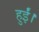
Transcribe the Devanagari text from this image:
हुर्ईं।